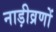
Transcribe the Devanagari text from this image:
नाड़ीव्रणों